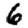
Digit: 6